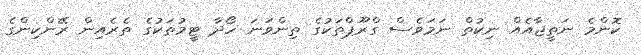
ކޮންމެ ނަތީޖާއެއް ނިކުތް ނަމަވެސް ގްރޫޕްތަކުގެ ތިންވަނަ ހޯދާ ޓީމުތަކުގެ ތެރެއިން ރޭންކިންގެ